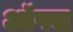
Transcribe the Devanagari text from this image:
ऑफ्स